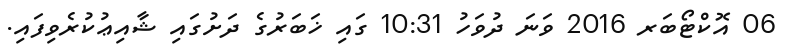
06 އޮކްޓޯބަރ 2016 ވަނަ ދުވަހު 10:31 ގައި ޚަބަރުގެ ދަށުގައި ޝާއިޢުކުރެވިފައި.